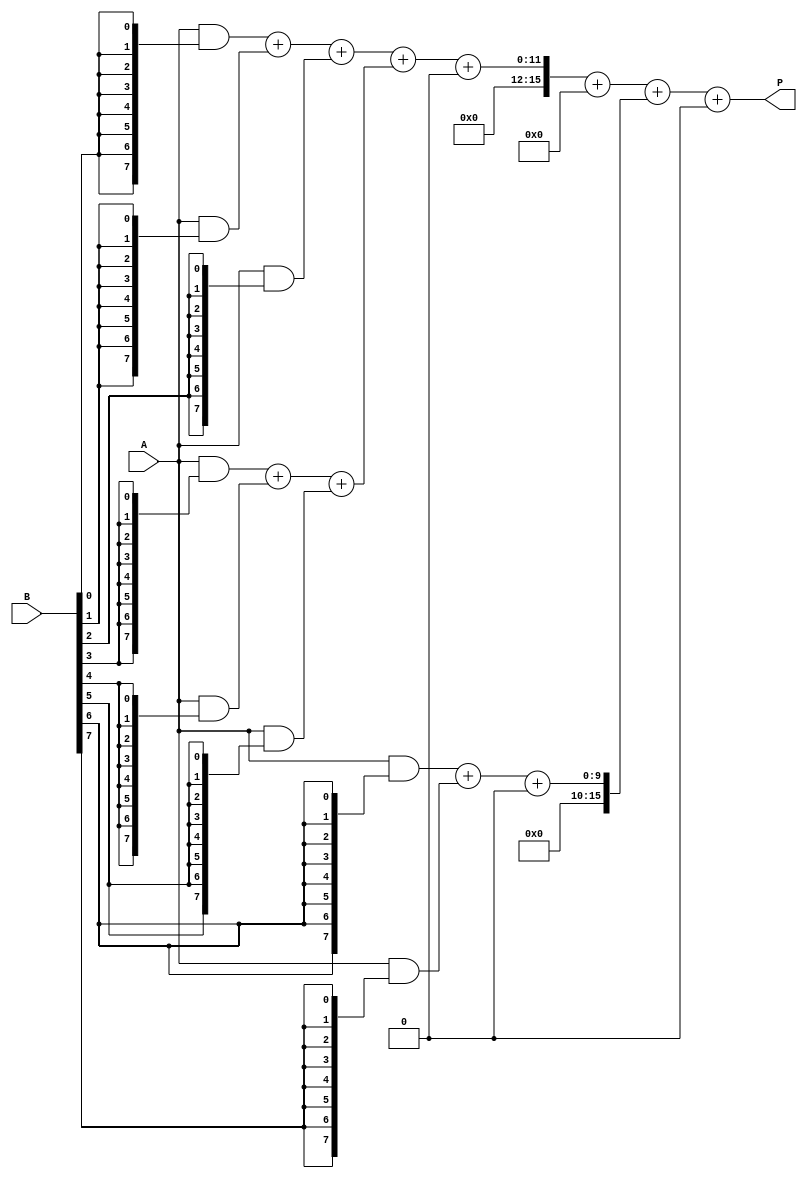
module AdaptiveWallaceTreeMultiplier #(parameter A_WIDTH = 8, B_WIDTH = 8)(
    input [A_WIDTH-1:0] A,
    input [B_WIDTH-1:0] B,
    output reg [A_WIDTH + B_WIDTH - 1:0] P
);

    // Generate partial products
    wire [A_WIDTH-1:0] pp[B_WIDTH-1:0]; // Partial products
    genvar i;
    generate
        for (i = 0; i < B_WIDTH; i = i + 1) begin: pp_gen
            assign pp[i] = A & {A_WIDTH{B[i]}};
        end
    endgenerate

    // Wallace tree reduction
    wire [A_WIDTH + B_WIDTH - 1:0] sum_level1 [0:2]; // First level sums
    wire [A_WIDTH + B_WIDTH - 1:0] carry_level1 [0:2]; // First level carries
    wire [A_WIDTH + B_WIDTH - 1:0] sum_level2 [0:1]; // Second level sums
    wire [A_WIDTH + B_WIDTH - 1:0] carry_level2 [0:1]; // Second level carries

    // First level reduction (grouping 3 partial products)
    generate
        for (i = 0; i < B_WIDTH; i = i + 3) begin: level1
            if (i + 2 < B_WIDTH) begin
                // Full adder for three inputs
                assign {carry_level1[i/3], sum_level1[i/3]} = pp[i] + pp[i+1] + pp[i+2];
            end else if (i + 1 < B_WIDTH) begin
                // Two inputs
                assign {carry_level1[i/3], sum_level1[i/3]} = pp[i] + pp[i+1];
            end else begin
                // Single input
                assign sum_level1[i/3] = pp[i];
                assign carry_level1[i/3] = 0;
            end
        end
    endgenerate

    // Second level reduction (grouping 2 sums and carries)
    generate
        for (i = 0; i < (B_WIDTH + 2) / 3; i = i + 2) begin: level2
            if (i + 1 < (B_WIDTH + 2) / 3) begin
                // Full adder for two inputs
                assign {carry_level2[i/2], sum_level2[i/2]} = sum_level1[i] + sum_level1[i+1] + carry_level1[i];
            end else begin
                // Single input
                assign sum_level2[i/2] = sum_level1[i] + carry_level1[i];
                assign carry_level2[i/2] = 0;
            end
        end
    endgenerate

    // Final summation
    always @(*) begin
        P = sum_level2[0] + carry_level2[0];
        if ((B_WIDTH + 2) / 3 > 1) begin
            P = P + sum_level2[1] + carry_level2[1];
        end
    end

endmodule